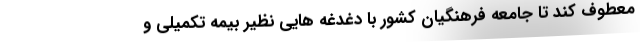
معطوف کند تا جامعه فرهنگیان کشور با دغدغه هایی نظیر بیمه تکمیلی و